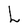
Character: L